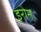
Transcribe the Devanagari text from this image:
इरोन